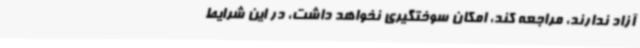
آزاد ندارند، مراجعه کند، امکان سوختگیری نخواهد داشت، در این شرایط